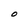
Character: O